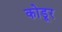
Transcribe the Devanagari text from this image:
कोडूर